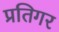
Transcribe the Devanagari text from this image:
प्रतिगर